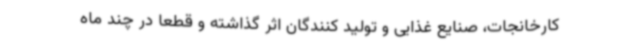
کارخانجات، صنایع غذایی و تولید کنندگان اثر گذاشته و قطعا در چند ماه